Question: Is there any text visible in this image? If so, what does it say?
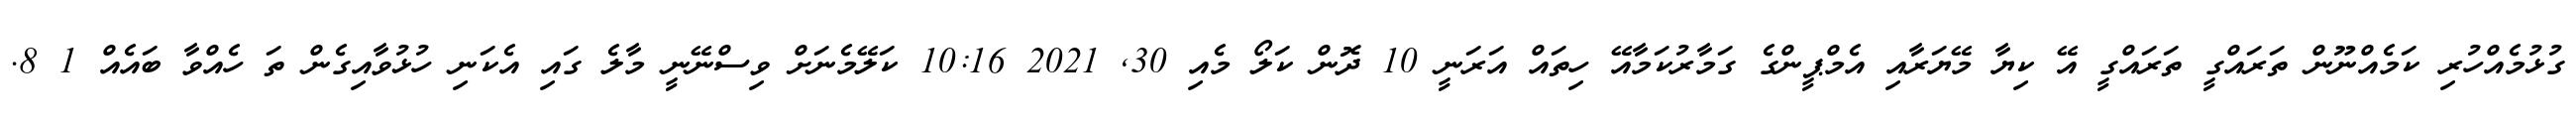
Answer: ގުޅުމެއްހުރި ކަމެއްނޫން ތަރައްގީ ތަރައްގީ އޭ ކިޔާ މޭޔަރާއި އެމްޕީންގެ ގަމާރުކަމާއޭ ހިތައް އަރަނީ 10 ދޮން ކަލޯ މެއި 30, 2021 10:16 ކަލޭމެނަށް ވިސްނޭނީ މާލެ ގައި އެކަނި ހުޅުވާއިގެން ތަ ހެއްވާ ބައެއް 1 8.